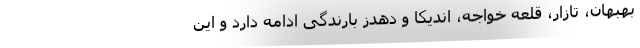
بهبهان، تازار، قلعه خواجه، اندیکا و دهدز بارندگی ادامه دارد و این